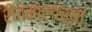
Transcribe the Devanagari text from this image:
शेतमा्लाच्या